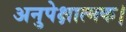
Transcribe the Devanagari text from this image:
अनुपेक्षात्मक।